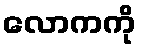
လောကကို